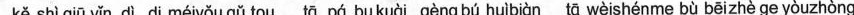
kě shì qìū yǐn dì di méiyǒu gǔ tou tā pá bukuài gèng bú huìbiàn tā wèishénme bù bēizhè ge yòuzhòng